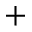
+